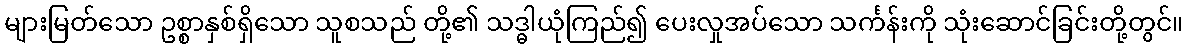
များမြတ်သော ဥစ္စာနှစ်ရှိသော သူစသည် တို့၏ သဒ္ဓါယုံကြည်၍ ပေးလှုအပ်သော သင်္ကန်းကို သုံးဆောင်ခြင်းတို့တွင်။